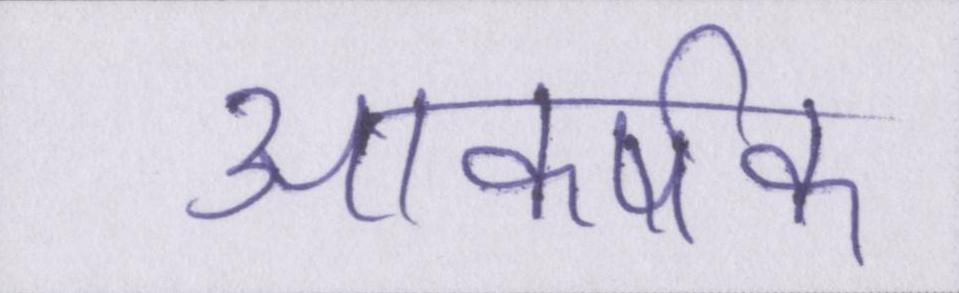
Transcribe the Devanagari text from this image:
आकर्षक